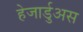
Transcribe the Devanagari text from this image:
हेजार्डुअस